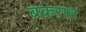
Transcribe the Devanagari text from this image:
बकरात